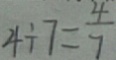
4 \div 7 = \frac { 4 } { 7 }